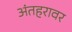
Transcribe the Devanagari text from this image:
अंतहरावर